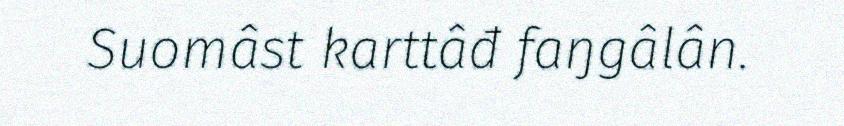
Suomâst karttâđ faŋgâlân.